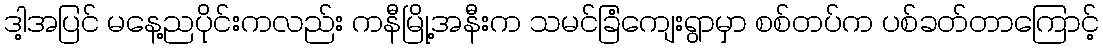
ဒါ့အပြင် မနေ့ညပိုင်းကလည်း ကနီမြို့အနီးက သမင်ခြံကျေးရွာမှာ စစ်တပ်က ပစ်ခတ်တာကြောင့်